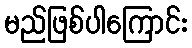
မည်ဖြစ်ပါကြောင်း